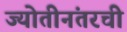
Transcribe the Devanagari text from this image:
ज्योतीनंतरची